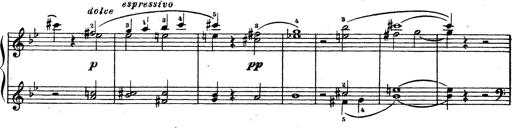
Title: Trauervorspiel und Trauermarsch
Composer: Franz Liszt